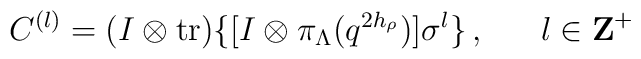
C^{(l)}=(I\otimes{\rm tr})\{[I\otimes\pi_\Lambda(q^{2h_\rho})]\sigma^l\}\,,~~~~~l\in {\bf Z}^+